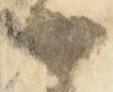
候